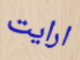
ارايت